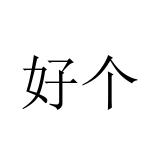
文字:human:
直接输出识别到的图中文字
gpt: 好个